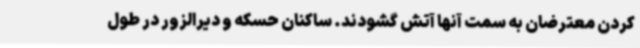
کردن معترضان به سمت‌ آنها آتش گشودند. ساکنان حسکه و دیرالزور در طول